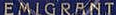
EMIGRANT